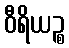
ဝီရိယဉ္စ